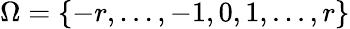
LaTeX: \Omega=\{ -r,...,-1,0,1,...,r\}